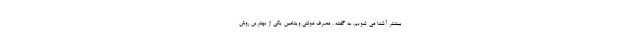
بیشتر آشنا می شویم. به گفته ، مصرف مولتی ویتامین یکی از بهترین روش